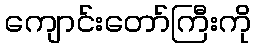
ကျောင်းတော်ကြီးကို